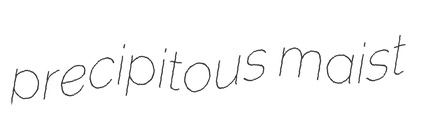
precipitous maist